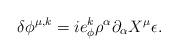
LaTeX: \begin{align*}\delta\phi^{\mu,k}= ie^k_{\phi}\rho^{\alpha}\partial_{\alpha}X^{\mu}\epsilon.\end{align*}